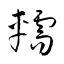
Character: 轜